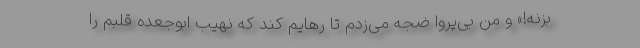
بزنه!» و من بی‌پروا ضجه می‌زدم تا رهایم کند که نهیب ابوجعده قلبم را